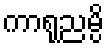
ကာရုညမ္ပိ